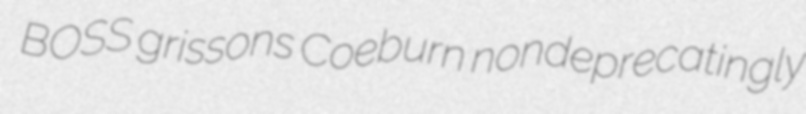
BOSS grissons Coeburn nondeprecatingly